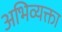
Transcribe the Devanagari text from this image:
अभिव्यक्ता